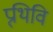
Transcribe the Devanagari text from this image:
प्र्थिवि